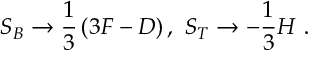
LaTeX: S _ { B } \rightarrow \frac 1 3 \left( 3 F - D \right) , \ S _ { T } \rightarrow - \frac 1 3 H \ .